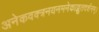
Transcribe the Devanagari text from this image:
अनेकवक्त्रनयनमनेकाद्भुतदर्शनम्‌।